Lunatic asylums in Bengal annual reports 1912-1924 - 1912-1924
Year: 1912
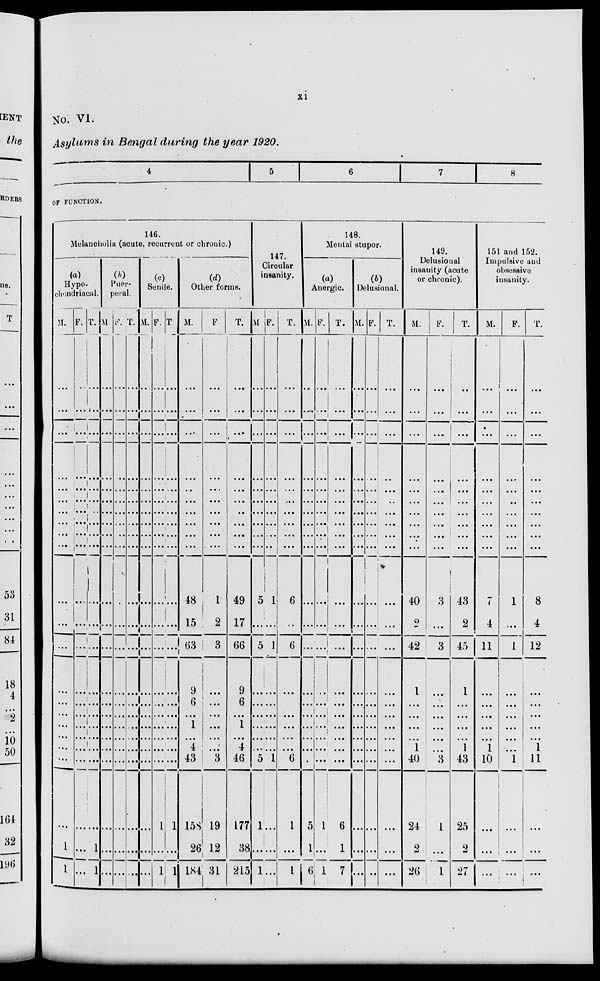
xi
No. VI.
Asylums in Bengal during the year 1920.
4
5
6
7
8
OF FUNCTION.
146.
Melancholia (acute, recurrent or chronic.)
(a)
Hypo-
chondriacal.
M.
...
...
...
...
...
...
...
...
...
...
...
...
...
...
...
...
...
...
...
...
...
1
1
F.
...
...
...
...
...
...
...
...
...
...
...
...
...
...
...
...
...
...
...
...
...
...
...
T.
...
...
...
...
...
...
...
...
...
...
...
...
...
...
...
...
...
...
...
...
...
1
1
(b)
Puer-
peral.
M.
...
...
...
...
...
...
...
...
...
...
...
...
...
...
...
...
...
...
...
...
...
...
...
F.
...
...
...
...
...
...
...
...
...
...
...
...
...
...
...
...
...
...
...
...
...
...
...
T.
...
...
...
...
...
...
...
...
...
...
...
...
...
...
...
...
...
...
...
...
...
...
...
(c)
Senile.
M.
...
...
...
...
...
...
...
...
...
...
...
...
...
...
...
...
...
...
...
...
...
...
...
F.
...
...
...
...
...
...
...
...
...
...
...
...
...
...
...
...
...
...
...
...
1
...
1
T.
...
...
...
...
...
...
...
...
...
...
...
...
...
...
...
...
...
...
...
...
1
...
1
(d)
Other forms.
M.
...
...
...
...
...
...
...
...
...
...
48
15
63
9
6
...
1
...
4
43
158
26
184
F.
...
...
...
...
...
...
...
...
...
...
1
2
3
...
...
...
...
...
...
3
19
12
31
T.
...
...
...
...
...
...
...
...
...
...
49
17
66
9
6
...
1
...
4
46
177
38
215
147.
Circular
insanity.
M.
...
...
...
...
...
...
...
...
...
...
5
...
5
...
...
...
...
...
...
5
1
...
1
F.
...
...
...
...
...
...
...
...
...
...
1
...
1
...
...
...
...
...
...
1
...
...
...
T.
...
...
...
...
...
...
...
...
...
...
6
...
6
...
...
...
...
...
...
6
1
...
1
148.
Mental stupor.
(a)
Anergic.
M.
...
...
...
...
...
...
...
...
...
...
...
...
...
...
...
...
...
...
...
...
5
1
6
F.
...
...
...
...
...
...
...
...
...
...
...
...
...
...
...
...
...
...
...
...
1
...
1
T.
...
...
...
...
...
...
...
...
...
...
...
...
...
...
...
...
...
...
...
...
6
1
7
(b)
Delusional.
M.
...
...
...
...
...
...
...
...
...
...
...
...
...
...
...
...
...
...
...
...
...
...
...
F.
...
...
...
...
...
...
...
...
...
...
...
...
...
...
...
...
...
...
...
...
...
...
...
T.
...
...
...
...
...
...
...
...
...
...
...
...
...
...
...
...
...
...
...
...
...
...
...
149.
Delusional
insanity (acute
or chronic).
M.
...
...
...
...
...
...
...
...
...
...
40
2
42
1
...
...
...
...
1
40
24
2
26
F.
...
...
...
...
...
...
...
...
...
...
3
...
3
...
...
...
...
...
...
3
1
...
1
T.
...
...
...
...
...
...
...
...
...
...
43
2
45
1
...
...
...
...
1
43
25
2
27
151 and 152.
Impulsive and
obsessive
insanity.
M.
...
...
...
...
...
...
...
...
...
...
7
4
11
...
...
...
...
...
1
10
...
...
...
F.
...
...
...
...
...
...
...
...
...
...
1
...
1
...
...
...
...
...
...
1
...
...
...
T.
...
...
...
...
...
...
...
...
...
...
8
4
12
...
...
...
...
...
1
11
...
...
...